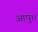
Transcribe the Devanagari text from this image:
आपु।।